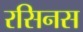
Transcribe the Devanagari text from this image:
रसिनस